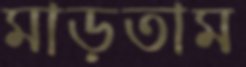
মাড়তাম